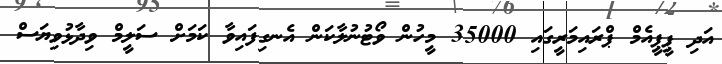
އަދި ޕީޕީއެމް ޕްރައިމަރީގައި 35000 މީހުން ވޯޓުނުލާކަން އެނގިފައިވާ ކަމަށް ސަލީމް ވިދާޅުވިޔަސް